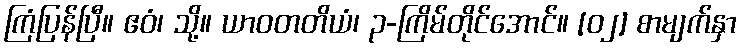
ကြံပြန်ပြီ။ ဧဝံ၊ သို့။ ယာဝတတိယံ၊ ၃-ကြိမ်တိုင်အောင်။ [၀၂] စာမျက်နှာ